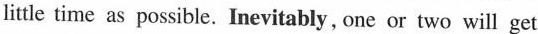
little time as possible.Inevitably, one or two will get